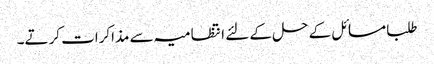
طلبا مسائل کے حل کے لئے انتظامیہ سے مذاکرات کرتے۔